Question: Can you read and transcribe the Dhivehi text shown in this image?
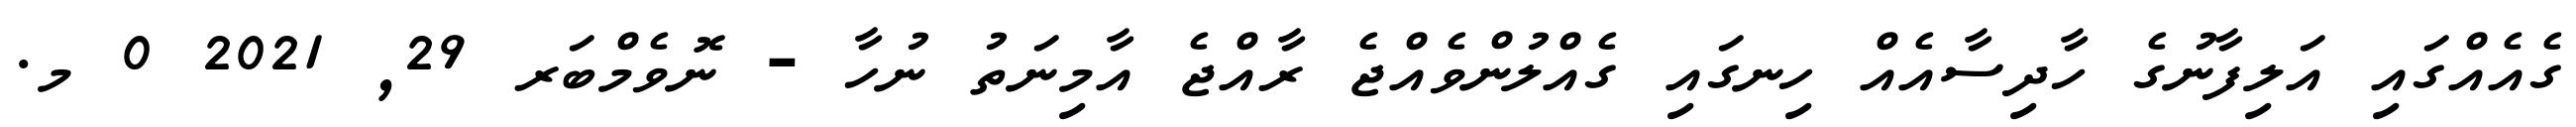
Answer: ގެއެއްގައި އަލިފާނުގެ ހާދިސާއެއް ހިނގައި ގެއްލުންވެއްޖެ ރާއްޖެ އާމިނަތު ނުހާ - ނޮވެމްބަރ 29, 2021 0 މ.